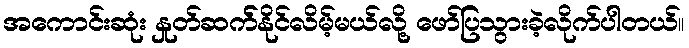
အကောင်းဆုံး နှုတ်ဆက််နိုင်လိမ့်မယ်လို့ ဖော်ပြသွားခဲ့လိုက်ပါတယ်။